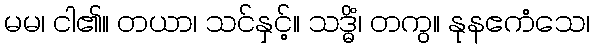
မမ၊ ငါ၏။ တယာ၊ သင်နှင့်။ သဒ္ဓိံ၊ တကွ။ နုနဧကံသေ၊